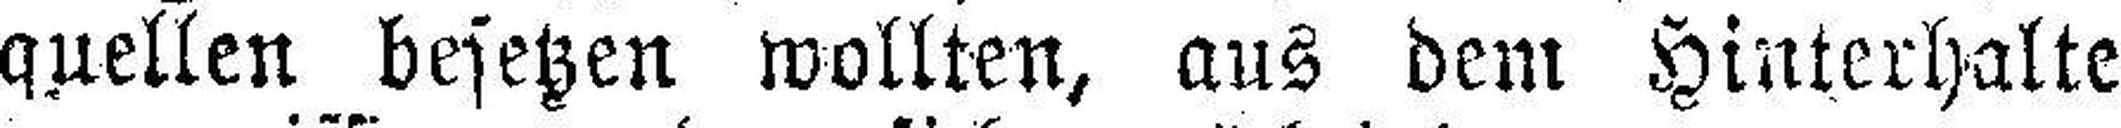
quellen besetzen wollten, aus dem Hinterhalte